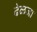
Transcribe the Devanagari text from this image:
ढेळजा